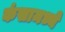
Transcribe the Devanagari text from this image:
कंसामध्ये